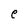
Character: e